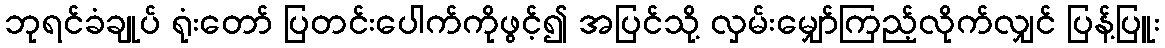
ဘုရင်ခံချုပ် ရုံးတော် ပြတင်းပေါက်ကိုဖွင့်၍ အပြင်သို့ လှမ်းမျှော်ကြည့်လိုက်လျှင် ပြန့်ပြူး